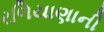
રળિયાણાની